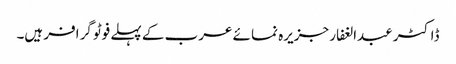
ڈاکٹر عبدالغفار جزیرہ نما ئے عرب کے پہلے فوٹو گرافر ہیں۔